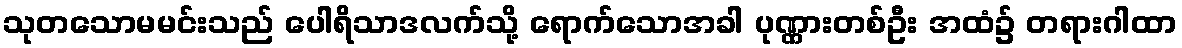
သုတသောမမင်းသည် ပေါရိသာဒလက်သို့ ရောက်သောအခါ ပုဏ္ဏားတစ်ဦး အထံ၌ တရားဂါထာ